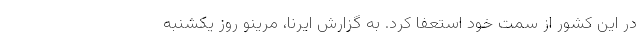
در این کشور از سمت خود استعفا کرد. به گزارش ایرنا، مرینو روز یکشنبه